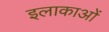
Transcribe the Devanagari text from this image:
इलाकाओं